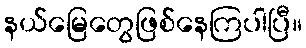
နယ်မြေတွေဖြစ်နေကြပါပြီ။